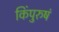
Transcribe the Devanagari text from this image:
किंपुरुषं